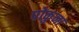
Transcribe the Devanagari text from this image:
पोकुना